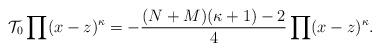
LaTeX: \begin{align*}{\cal T_{\rm 0}}\prod (x-z)^{\kappa}=-\frac{(N+M)(\kappa+1)-2}{4}\prod (x-z)^{\kappa} .\end{align*}